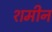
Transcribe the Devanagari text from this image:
शमीन